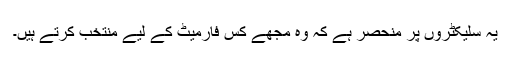
یہ سلیکٹروں پر منحصر ہے کہ وہ مجھے کس فارمیٹ کے لیے منتخب کرتے ہیں۔